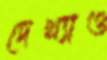
দেখ্যাও